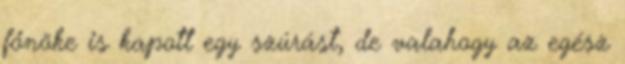
főnöke is kapott egy szúrást, de valahogy az egész